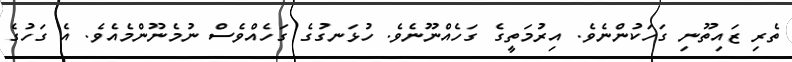
ތެރި ޒައިތޫނި ގަހަކުންނެވެ. އިރުމަތީގެ ގަހެއްނޫނެވެ. ހުޅަނގުގެ ގަހެއްވެސް ނުމެނޫންމެއެވެ. އެ ގަހުގެ